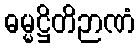
ဓမ္မဋ္ဌိတိဉာဏံ